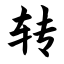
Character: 转